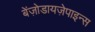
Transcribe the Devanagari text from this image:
बेंज़ोडायज़ेपाइन्स